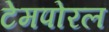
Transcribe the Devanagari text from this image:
टेमपोरल